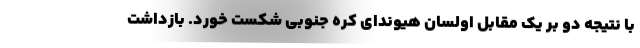
با نتیجه دو بر یک مقابل اولسان هیوندای کره جنوبی شکست خورد. بازداشت